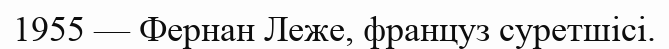
1955 — Фернан Леже, француз суретшісі.